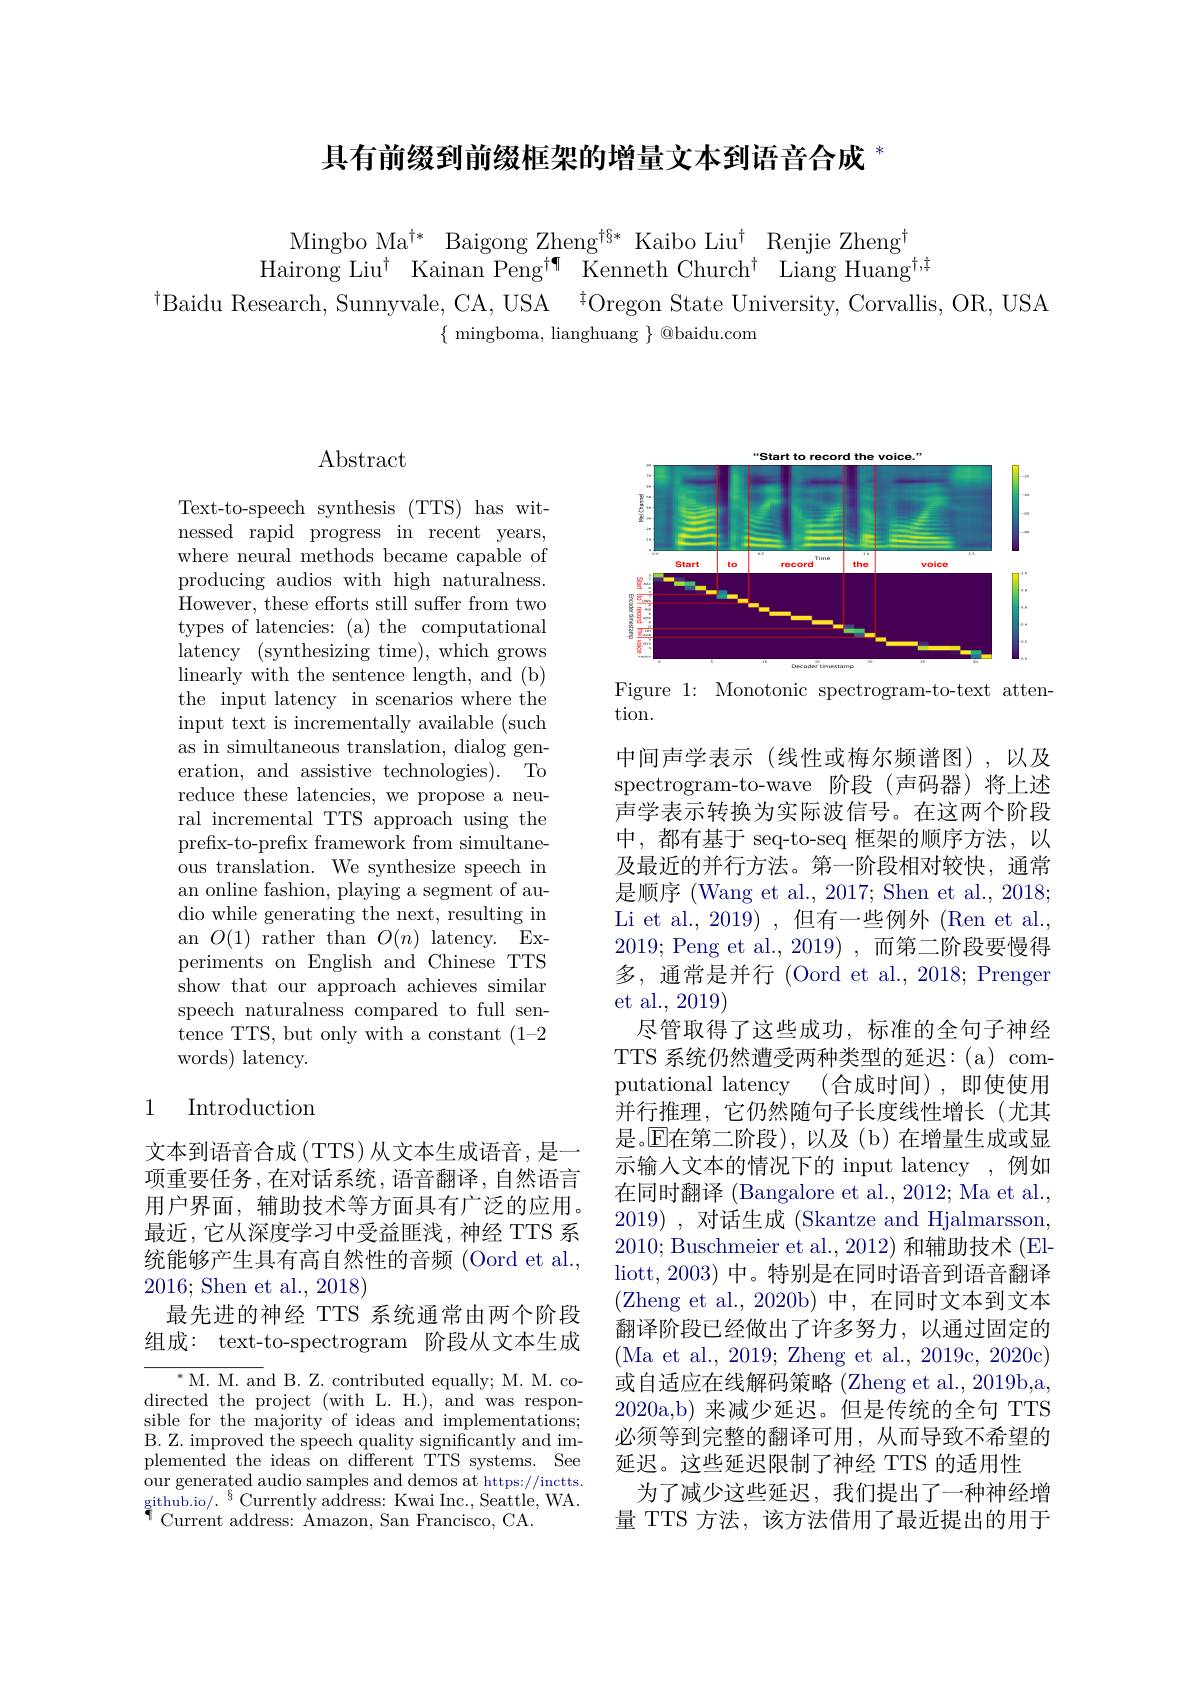
具有前缀到前缀框架的增量文本到语音合成$^*$

Mingbo Ma$^{\dagger*}$ Baigong Zheng$^{\dagger\S*}$ Kaibo Liu$^\dagger$ Renjie Zheng$^\dagger$
Hairong Liu$^\dagger$ Kainan Peng$^{\dagger\P}$ Kenneth Church$^\dagger$ Liang Huang$^{\dagger,\dagger}$
$^{\dagger}$Baidu Research, Sunnyvale, CA, USA $^{\dagger}$Oregon State University, Corvallis, OR, USA
$\{$ mingboma, lianghuang $\}$ @baidu.com

# Abstract

Text-to-speech synthesis (TTS) has witnessed rapid progress in recent years, where neural methods became capable of producing audios with high naturalness. However, these efforts still suffer from two types of latencies: (a) the computational latency (synthesizing time), which grows linearly with the sentence length, and (b) the input latency in scenarios where the input text is incrementally available (such as in simultaneous translation, dialog generation, and assistive technologies). To reduce these latencies, we propose a neural incremental TTS approach using the prefix-to-prefix framework from simultaneous translation. We synthesize speech in an online fashion, playing a segment of audio while generating the next, resulting in an $O(1)$ rather than $O(n)$ latency. Experiments on English and Chinese TTS show that our approach achieves similar speech naturalness compared to full sentence TTS, but only with a constant (1-2 words) latency.

# 1 Introduction

文本到语音合成(TTS)从文本生成语音，是一项重要任务，在对话系统，语音翻译，自然语言用户界面，辅助技术等方面具有广泛的应用。最近，它从深度学习中受益匪浅，神经 TTS 系统能够产生具有高自然性的音频 (Oord et al., 2016; Shen et al.,2018)
最先进的神经 TTS 系统通常由两个阶段组成：text-to-spectrogram 阶段从文本生成

${^{*}\mathrm{M.~M.~and~B.~Z.~contributed~equally;~M.~M.~co-}}$ directed the project (with L. H.), and was responsible for the majority of ideas and implementations; B. Z. improved the speech quality significantly and implemented the ideas on different TTS systems. See our generated audio samples and demos at https://inctts. github.io/.$^{\S}$Currently address: Kwai Inc., Seattle, WA. $^{\P}$Current address: Åmazon, San Francisco, CA.

<FigureHere>
Figure 1: Monotonic spectrogram-to-text atten-

tion.

中间声学表示(线性或梅尔频谱图),以及spectrogram-to-wave 阶段(声码器)将上述声学表示转换为实际波信号。在这两个阶段中，都有基于 seq-to-seq 框架的顺序方法，以及最近的并行方法。第一阶段相对较快，通常是顺序 (Wang et al., 2017; Shen et al., 2018; Li et al., 2019),但有一些例外(Ren et al. 2019; Peng et al.,2019),而第二阶段要慢得多，通常是并行 (Oord et al., 2018; Prenger et al., 2019)
尽管取得了这些成功，标准的全句子神经TTS 系统仍然遭受两种类型的延迟：(a) computational latency (合成时间),即使使用并行推理，它仍然随句子长度线性增长(尤其是。$\mathbb{E}$在第二阶段),以及(b)在增量生成或显示输入文本的情况下的 input latency ,例如在同时翻译 (Bangalore et al., 2012; Ma et al., 2019) , 对话生成 (Skantze and Hjalmarsson, 2010; Buschmeier et al., 2012) 和辅助技术 (Elliott,2003) 中。特别是在同时语音到语音翻译(Zheng et al.,2020b)中，在同时文本到文本翻译阶段已经做出了许多努力，以通过固定的(Ma et al., 2019; Zheng et al., 2019c, 2020c) 或自适应在线解码策略 (Zheng et al., 2019b,a, 2020a,b)来减少延迟。但是传统的全句 TTS 必须等到完整的翻译可用，从而导致不希望的延迟。这些延迟限制了神经 TTS 的适用性
为了减少这些延迟，我们提出了一种神经增量 TTS 方法，该方法借用了最近提出的用于